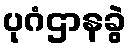
ပုဂံဌာနခွဲ